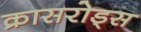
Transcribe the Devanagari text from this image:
क्रासरोड्स